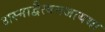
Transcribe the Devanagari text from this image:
अस्माद्वैत्वमजायथा